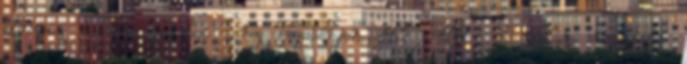
elérnie, hogy a spártai sereg hazatérjen. 43 44 A válság hivatalos